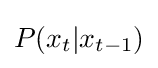
P(x_{t}|x_{t-1})